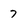
Character: 7